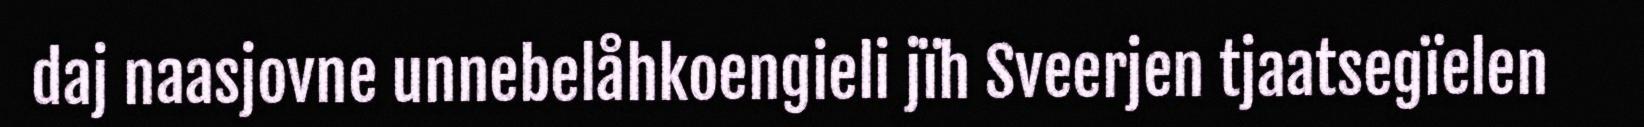
daj naasjovne unnebelåhkoengieli jïh Sveerjen tjaatsegïelen